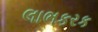
લાભકરક